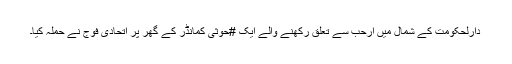
دارلحکومت کے شمال میں ارحب سے تعلق رکھنے والے ایک #حوثی کمانڈر کے گھر پر اتحادی فوج نے حملہ کیا۔